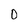
Character: 0